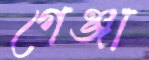
গেঞ্জা